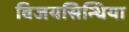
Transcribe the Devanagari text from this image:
विजयसिन्धिया